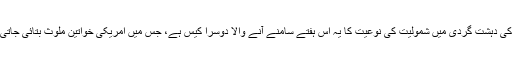
شام کی دہشت گردی میں شمولیت کی نوعیت کا یہ اس ہفتے سامنے آنے والا دوسرا کیس ہے، جس میں امریکی خواتین ملوث بتائی جاتی ہیں۔